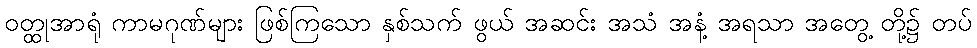
ဝတ္ထုအာရုံ ကာမဂုဏ်များ ဖြစ်ကြသော နှစ်သက် ဖွယ် အဆင်း အသံ အနံ့ အရသာ အတွေ့ တို့၌ တပ်